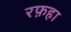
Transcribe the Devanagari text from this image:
रफ़हा